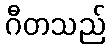
ဂီတသည်